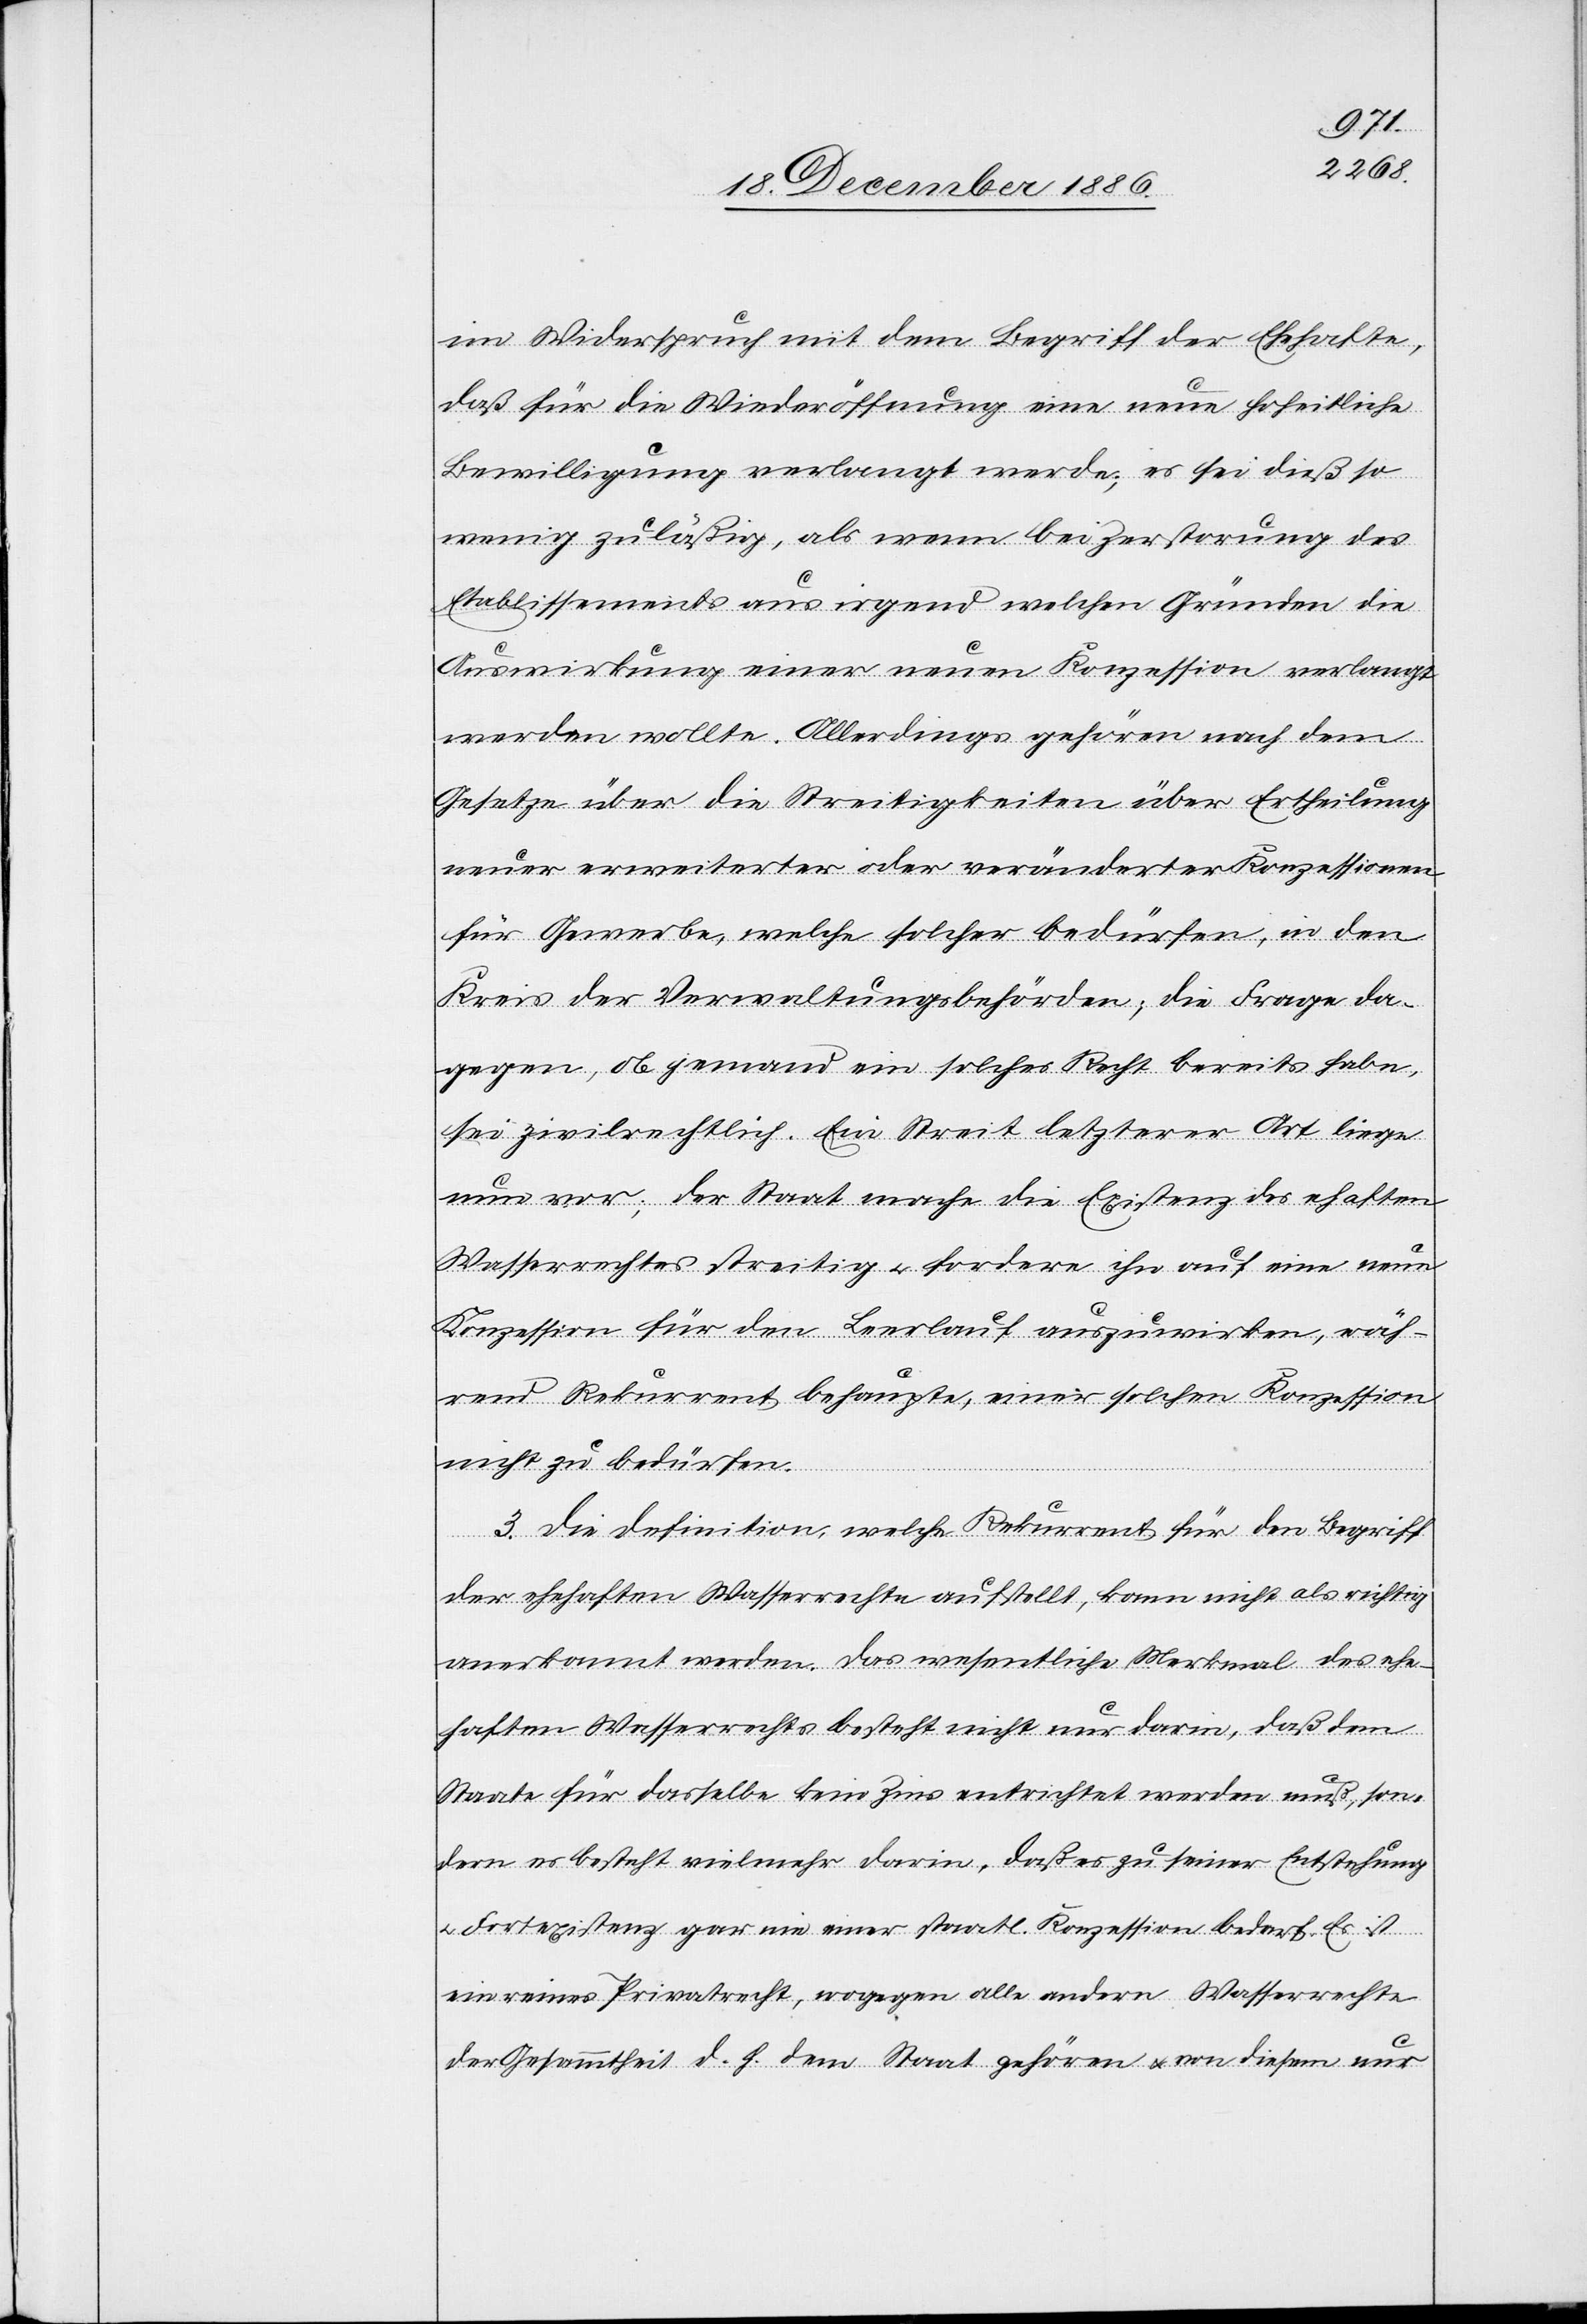
im Widerspruch mit dem Begriff der Ehehafte,
daß für die Wiederöffnung eine neue hoheitliche
Bewilligung verlangt werde; es sei dieß so
wenig zuläßig, als wenn bei Zerstorung
Etablissements aus irgend welchen Gründen die
Auswirkung einer neuen Konzession verlangt
werden wollte. Allerdings gehören nach dem
Gesetze über die Streitigkeiten über Ertheilung
neuer erweiterter oder veränderter Konzessionen
für Gewerbe, welche solcher bedürfen, in den
Kreis der Verwaltungsbehörden [sic!]; die Frage da¬
gegen, ob jemand ein solches Recht bereits habe,
sei zivilrechtlich. Ein Streit letzterer Art liege
nun vor; der Staat mache die Existenz des eh[eh]aften
Wasserrechtes streitig & fordere ihn auf eine neue
Konzession für den Leerlauf auszuwirken, wäh¬
rend Rekurrent behaupte, einer solchen Konzession
nicht zu bedürfen.
3. Die Definition, welche Rekurrent für den Begriff
der ehehaften Wasserrechte aufstellt, kann nicht als richtig
anerkannt werden. Das wesentliche Merkmal des ehe¬
haften Wasserrechts besteht nicht nur darin, daß dem
Staate für dasselbe kein Zins entrichtet werden muß, son¬
dern es besteht vielmehr darin, daß es zu seiner Entstehung
& Fortexistenz gar nie einer staatl. Konzession bedarf. Es ist
ein reines Privatrecht, wogegen alle andern Wasserrechte
der Gesammtheit d. h. dem Staat gehören & von diesem nur